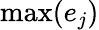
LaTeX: \operatorname*{max}(e_{j})